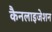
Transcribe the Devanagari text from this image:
कैनलाइजेशन